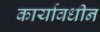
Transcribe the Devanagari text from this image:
कार्यावधीन